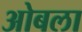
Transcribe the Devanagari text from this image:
ओबला